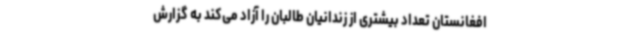
افغانستان تعداد بیشتری از زندانیان طالبان را آزاد می‌کند به گزارش